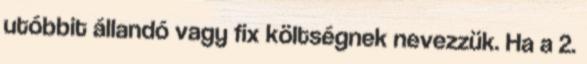
utóbbit állandó vagy fix költségnek nevezzük. Ha a 2.